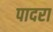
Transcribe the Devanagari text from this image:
पादरा